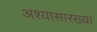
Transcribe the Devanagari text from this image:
अश्यासारख्या